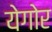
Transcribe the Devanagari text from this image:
येगोर